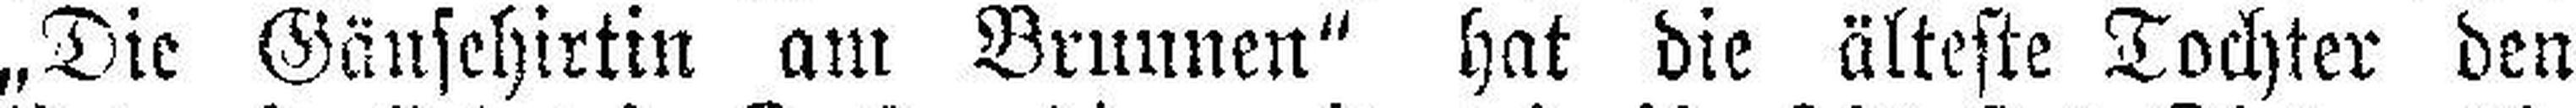
„Die Gänsehirtin am Brunnen“ hat die älteste Tochter den